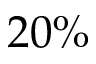
2 0 \%